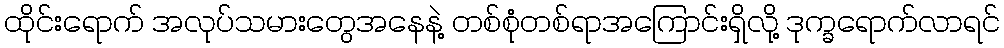
ထိုင်းရောက် အလုပ်သမားတွေအနေနဲ့ တစ်စုံတစ်ရာအကြောင်းရှိလို့ ဒုက္ခရောက်လာရင်